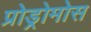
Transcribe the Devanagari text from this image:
प्रोड्रोमोस